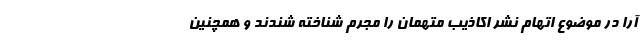
آرا در موضوع اتهام نشر اکاذیب متهمان را مجرم شناخته شندند و همچنین